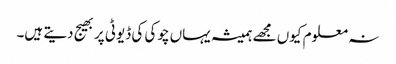
نہ معلوم کیوں مجھے ہمیشہ یہاں چوکی کی ڈیوٹی پر بھیج دیتے ہیں۔